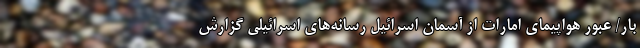
بار/ عبور هواپیمای امارات از آسمان اسرائیل رسانه‌های اسرائیلی گزارش